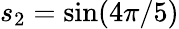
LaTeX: s_{2}=\sin(4\pi/5)